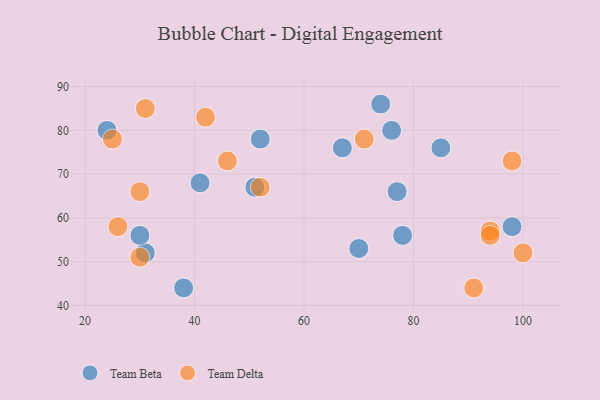
{"axis": {"x": "GDP", "y": "Life Expectancy"}, "legend": ["Team Beta", "Team Delta"], "data": [{"x": "74", "y": 86, "type": "Team Beta"}, {"x": "67", "y": 76, "type": "Team Beta"}, {"x": "85", "y": 76, "type": "Team Beta"}, {"x": "98", "y": 58, "type": "Team Beta"}, {"x": "76", "y": 80, "type": "Team Beta"}, {"x": "31", "y": 52, "type": "Team Beta"}, {"x": "70", "y": 53, "type": "Team Beta"}, {"x": "77", "y": 66, "type": "Team Beta"}, {"x": "30", "y": 56, "type": "Team Beta"}, {"x": "51", "y": 67, "type": "Team Beta"}, {"x": "52", "y": 78, "type": "Team Beta"}, {"x": "78", "y": 56, "type": "Team Beta"}, {"x": "41", "y": 68, "type": "Team Beta"}, {"x": "38", "y": 44, "type": "Team Beta"}, {"x": "24", "y": 80, "type": "Team Beta"}, {"x": "71", "y": 78, "type": "Team Delta"}, {"x": "52", "y": 67, "type": "Team Delta"}, {"x": "94", "y": 57, "type": "Team Delta"}, {"x": "31", "y": 85, "type": "Team Delta"}, {"x": "98", "y": 73, "type": "Team Delta"}, {"x": "91", "y": 44, "type": "Team Delta"}, {"x": "94", "y": 56, "type": "Team Delta"}, {"x": "30", "y": 66, "type": "Team Delta"}, {"x": "30", "y": 51, "type": "Team Delta"}, {"x": "46", "y": 73, "type": "Team Delta"}, {"x": "25", "y": 78, "type": "Team Delta"}, {"x": "42", "y": 83, "type": "Team Delta"}, {"x": "100", "y": 52, "type": "Team Delta"}, {"x": "26", "y": 58, "type": "Team Delta"}]}